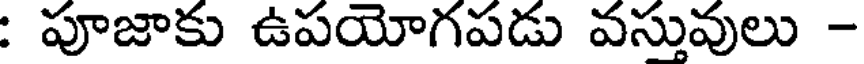
: పూజాకు ఉపయోగపడు వస్తువులు -